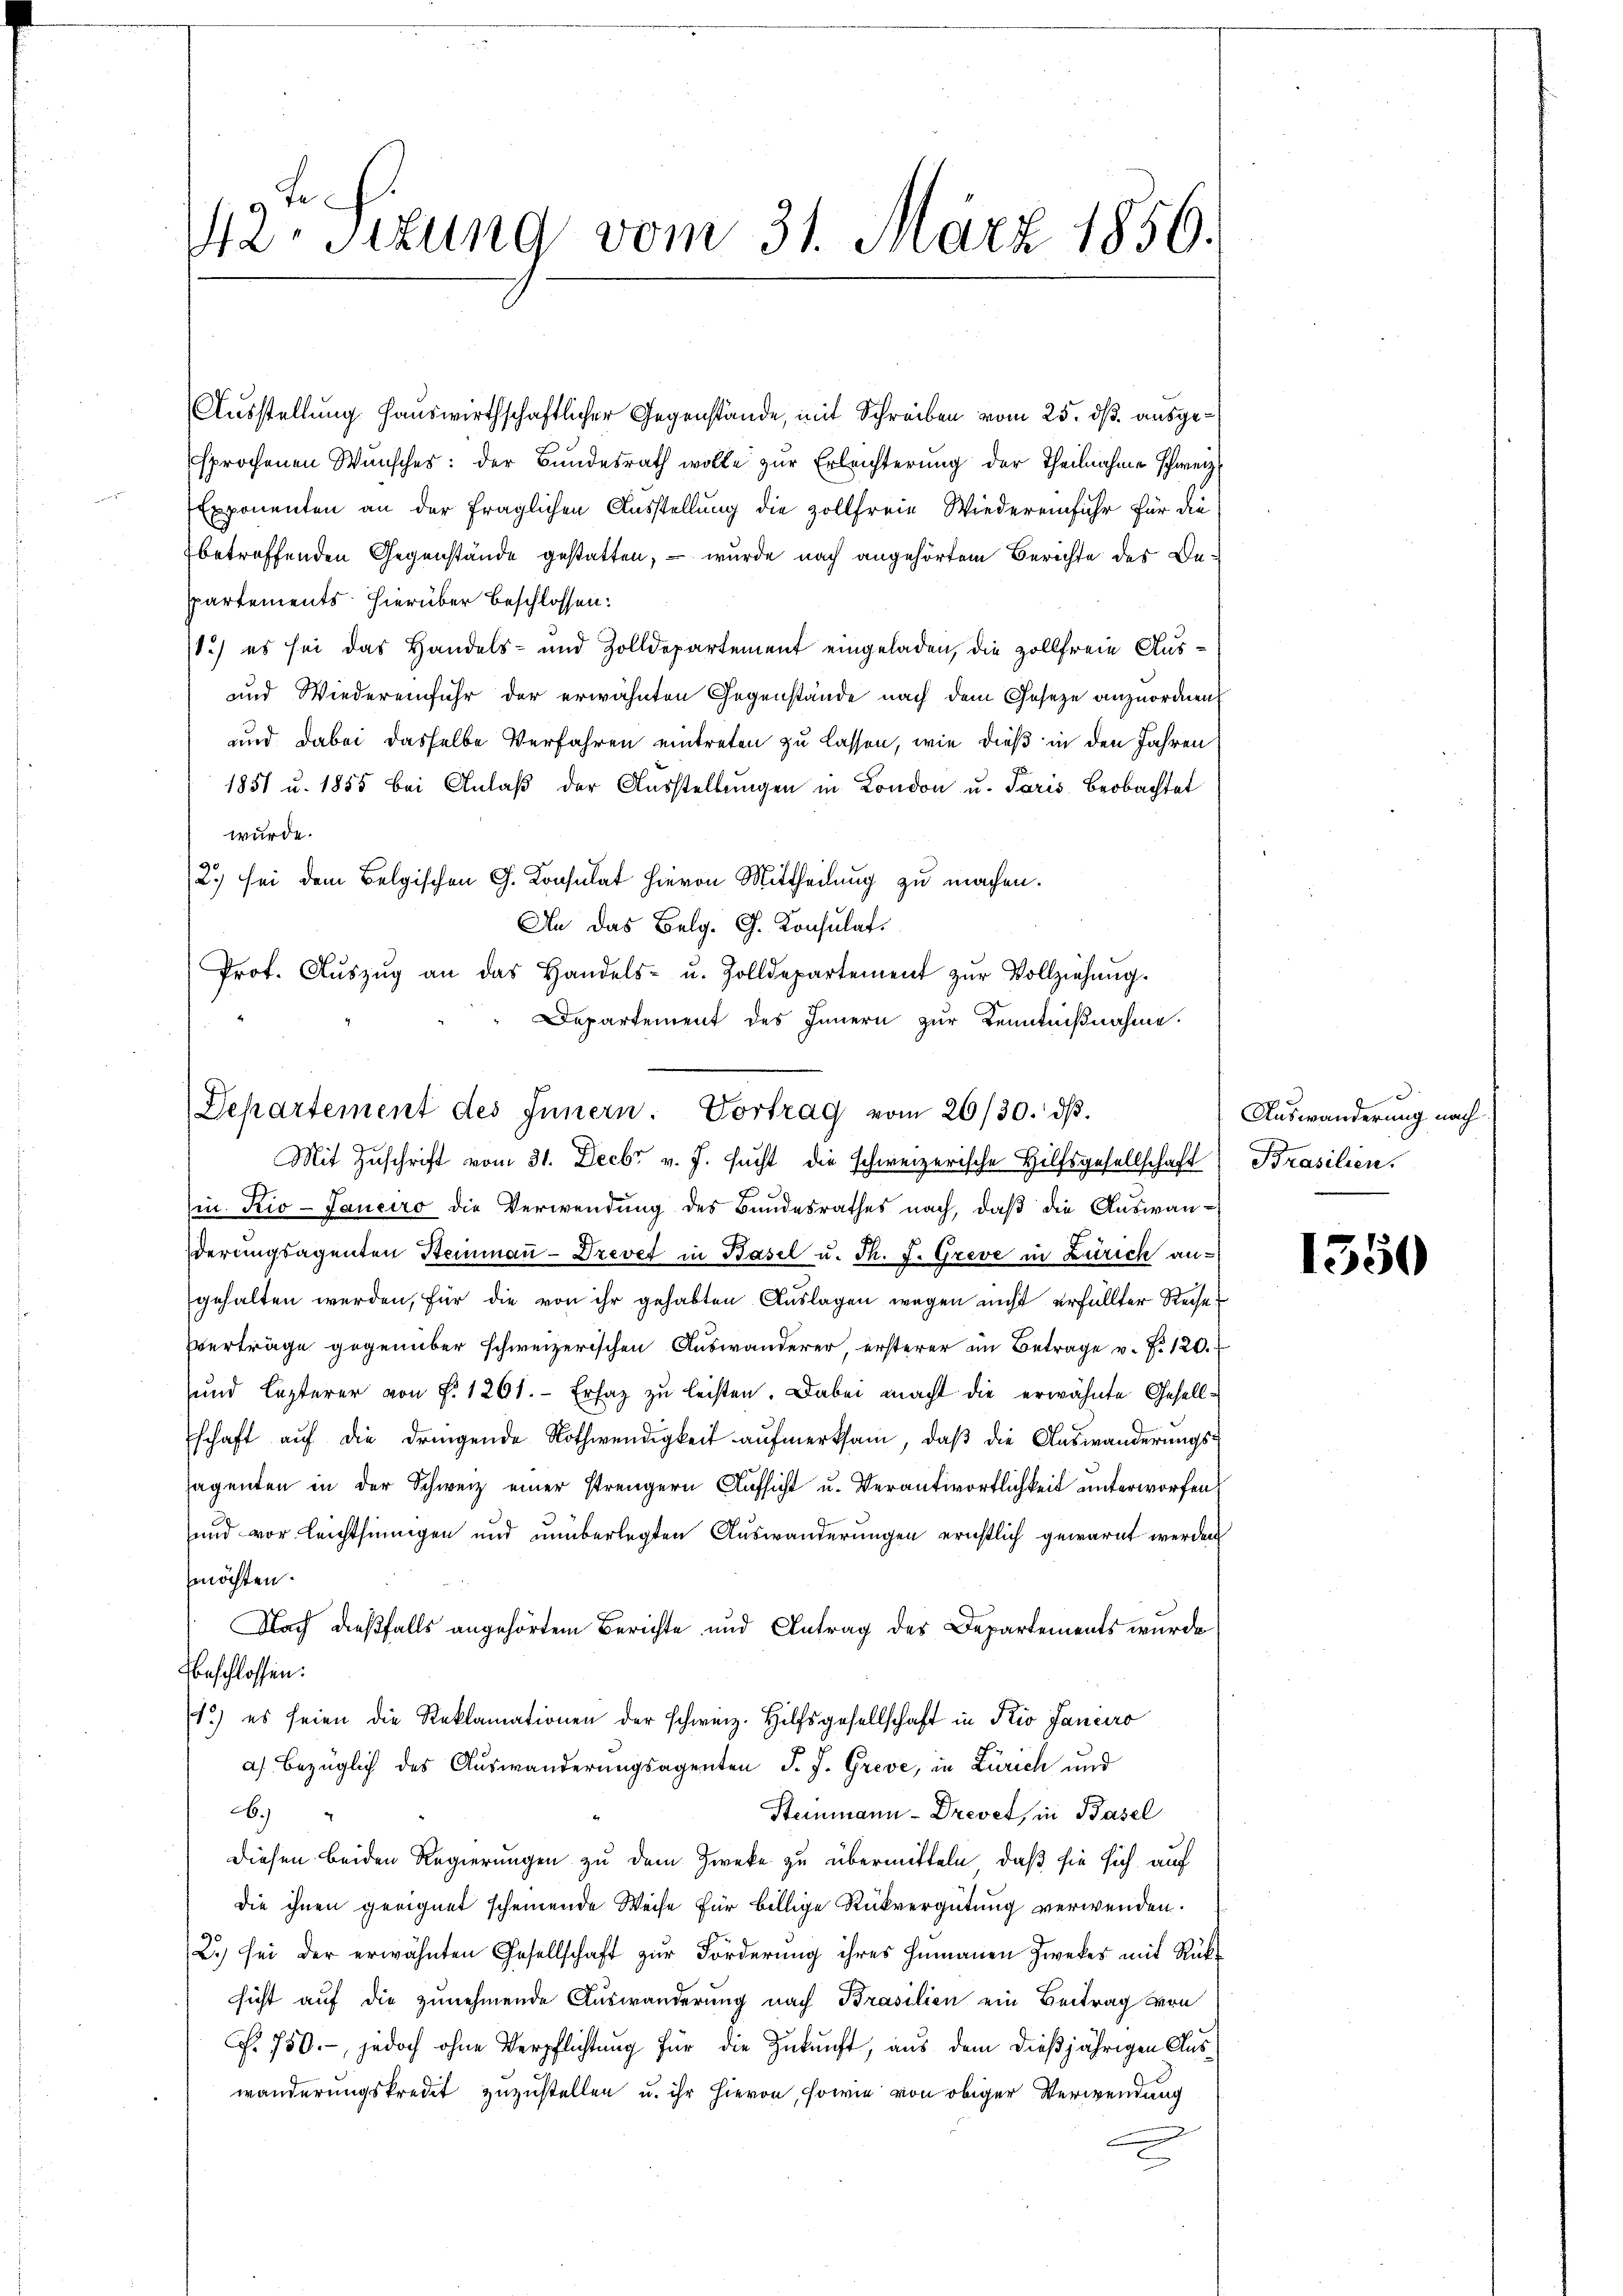
42. Sizung vom 31. März 1856.

Ausstellung Hauswirthschaftlicher Gegenstände, mit Schreiben vom 25. ds. ausgesprochenen Wunsches: der Bundesrath wolle zur Erleichterung der Theilnahme schweiz.
Exponenten an der fraglichen Ausstellung die zollfreie Wiedereinfuhr für die
betreffenden Gegenstände gestatten, – wurde nach angehörtem Berichte des Beppartements hierüber beschlossen:
1.) es sei das Handels- und Zolldepartement eingeladen, die Zollfreie Aus¬
und Wiedereinfuhr der erwähnten Gegenstände nach dem Geseze anzuordnen
und dabei dasselbe Verfahren eintreten zu lassen, wie dieß in den Jahren
1851 u. 1855 bei Anlaß der Ausstellungen in London u. Paris Beobachtet
würde.
2.) sei dem Belgischen G. Konsulat hievon Mittheilung zu machen.
An das Belg. G. Konsulat
Prot. Aŭszŭg an das Handels- u. Zolldepartement zŭr Vollziehung.
Departement des Innern zur Kenntnißnahme.

Departement des Innern. Vortrag vom 26/30. dβ.
Mit Zuschrift vom 31. Decbr v. J. sucht die schweizerische Hilfsgesellschaft Prasilien,

in Kio-Janeiro die Verwendung des Bundesrathes nach, daß die Auswanderungsagenten Steinmaṅ-Drevet in Basel u. Th. J. Greve in Zürich angehalten werden, für die von ihr gehabten Auslagen wegen nicht erfüllter Reihe
Verträge gegenüber schweizerischen Auswanderer, ersterer im Betrage v. P. 120.
sund lezterer von P. 1261. Ersatz zŭ leisten. Dabei macht die erwähnte Gesellschaft auf die dringende Nothwendigkeit aufmerksam, daß die Auswanderungslagenten in der Schweiz einer strengern Aufsicht u. Verantwortlichkeit unterworfen,
und vor Leichtsinnigen und unüberlegten Auswanderungen ernstlich gewarnt werden
möchten.
Nach dießfalls angehörtem Berichte und Antrag des Departements wurde
beschlossen:
1) es seien die Reklamationen der schweiz. Hilfsgesellschaft in Kio Janeiro
a) bezüglich des Auswanderungsagenten J. J. Greve, in Zürich und
.)
Steinmann - Drevet, in Basel
diesen beiden Regierungen zu dem Zwecke zu übermitteln, daß sie sich auf
die ihnen geeignet scheinende Weise für billige Rückvergütung verwenden.
2.) sei der erwähnten Gesellschaft zur Forderung ihres humanen Zweker mit Rücksicht auf die zunehmende Auswanderung nach Brasilien ein Beitrag von
F. 750.-, jedoch ohne Verpflichtung für die Zukunft, aus dem dießjährigen Auswänderungskredit zuzustellen u. ihr hievon, sowie von obiger Verwendung

Auswanderung nach
.

1550